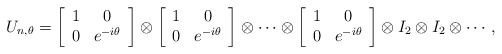
\begin{align*}U_{n,\theta} = \left[ \begin{array}{cc} 1 & 0 \\ 0 & e^{-i\theta} \end{array} \right] \otimes \left[ \begin{array}{cc} 1 & 0 \\ 0 & e^{-i\theta} \end{array} \right] \otimes \cdots \otimes \left[ \begin{array}{cc} 1 & 0 \\ 0 & e^{-i\theta} \end{array} \right] \otimes I_2 \otimes I_2 \otimes \cdots,\end{align*}